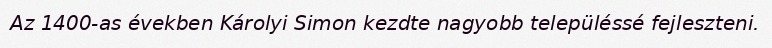
Az 1400-as években Károlyi Simon kezdte nagyobb településsé fejleszteni.